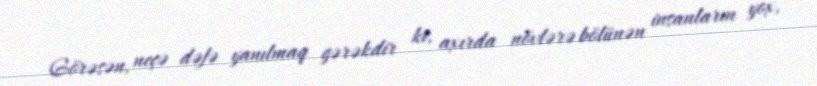
Görəsən, neçə dəfə yanılmaq gərəkdir ki, axırda növlərə bölünən insanların yox,